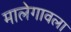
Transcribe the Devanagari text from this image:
मालेगावला